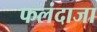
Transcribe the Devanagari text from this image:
फलंदाजा